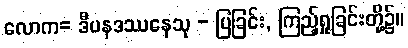
လောက= ဒီပနဒဿနေသု - ပြခြင်း, ကြည့်ရှုခြင်းတို့၌။